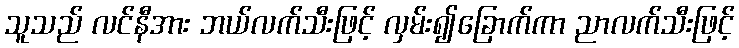
သူသည် လင်နီအား ဘယ်လက်သီးဖြင့် လှမ်း၍ခြောက်ကာ ညာလက်သီးဖြင့်